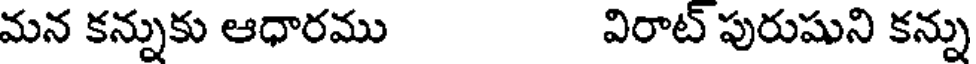
మన కన్నుకు ఆధారము విరాట్ పురుషుని కన్ను